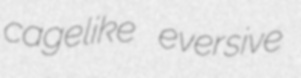
cagelike eversive